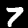
Digit: 7